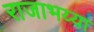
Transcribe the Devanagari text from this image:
राजाभय्या